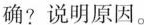
确?说明原因。